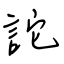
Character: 詫